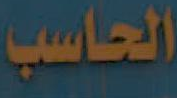
الحاسب